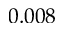
0 . 0 0 8